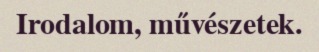
Irodalom, művészetek.